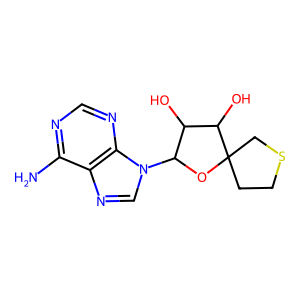
SMILES: Nc1ncnc2c1ncn2C1OC2(CCSC2)C(O)C1O
Inhibits HIV replication: No